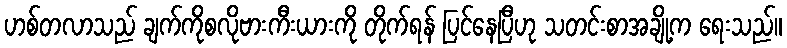
ဟစ်တလာသည် ချက်ကိုစလိုဗားကီးယားကို တိုက်ရန် ပြင်နေပြီဟု သတင်းစာအချို့က ရေးသည်။